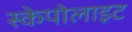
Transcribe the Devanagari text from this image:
स्केपोलाइट